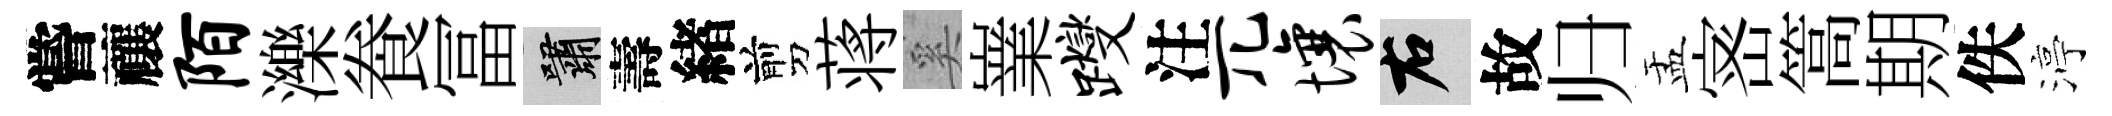
嘗禳陌濼飬冨嘯壽緖剪蒋奚嶪躞注兀壤右故归盂宻篙期佚渟